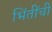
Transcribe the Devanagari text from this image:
भिंतींची